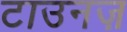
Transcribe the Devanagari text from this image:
टाउनज़